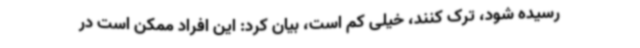
رسیده شود، ترک کنند، خیلی کم است، بیان کرد: این افراد ممکن است در